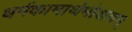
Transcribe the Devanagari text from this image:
धर्मकामार्थमोक्षदम्